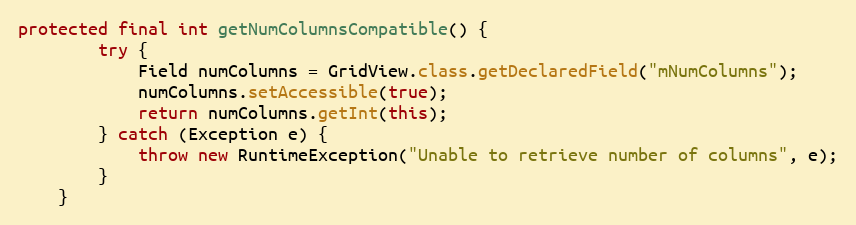
Language: Java
protected final int getNumColumnsCompatible() {
        try {
            Field numColumns = GridView.class.getDeclaredField("mNumColumns");
            numColumns.setAccessible(true);
            return numColumns.getInt(this);
        } catch (Exception e) {
            throw new RuntimeException("Unable to retrieve number of columns", e);
        }
    }